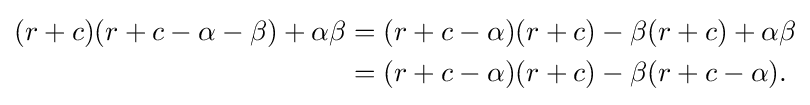
{\begin{aligned}(r+c)(r+c-\alpha -\beta )+\alpha \beta &=(r+c-\alpha )(r+c)-\beta (r+c)+\alpha \beta \\&=(r+c-\alpha )(r+c)-\beta (r+c-\alpha ).\end{aligned}}